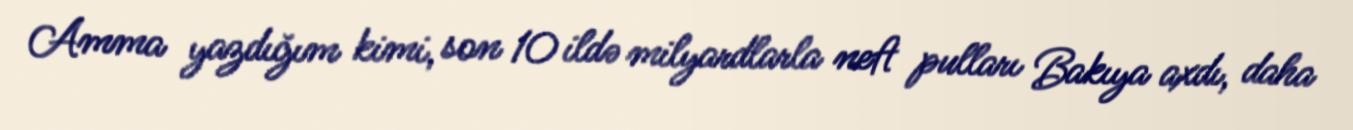
Amma yazdığım kimi, son 10 ildə milyardlarla neft pulları Bakıya axdı, daha